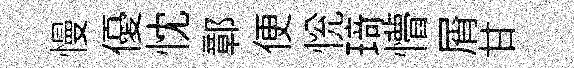
慢優忱鄣便恱𤦺懵屑甘